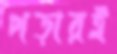
পড়ারই